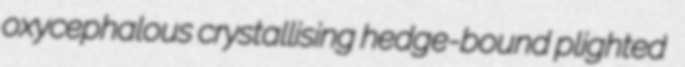
oxycephalous crystallising hedge-bound plighted